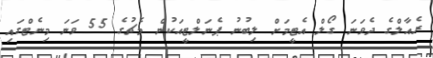
ރެއާލްގެ ދެވަނަ ގޯލް އެޓީމަށް ލިބުނު ޕެނަލްޓީއަކުން މެޗުގެ 55 ވަނަ މިނެޓްގައި